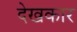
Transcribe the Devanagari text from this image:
देखकार